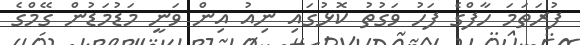
ފުރަތަމަ ހާފްގެ ފަހު ވަގުތު ކޮޅުގައި ނިއު އިން ވަނީ މަޑުމަޑުން ގޭމްގެ